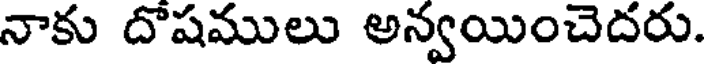
నాకు దోషములు అన్వయించెదరు.